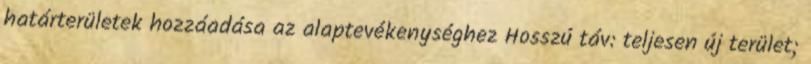
határterületek hozzáadása az alaptevékenységhez Hosszú táv: teljesen új terület;